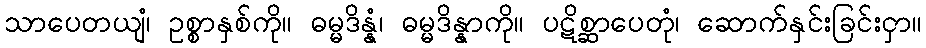
သာပေတယျံ၊ ဥစ္စာနှစ်ကို။ ဓမ္မဒိန္နံ၊ ဓမ္မဒိန္နာကို။ ပဋိစ္ဆာပေတုံ၊ ဆောက်နှင်းခြင်းငှာ။